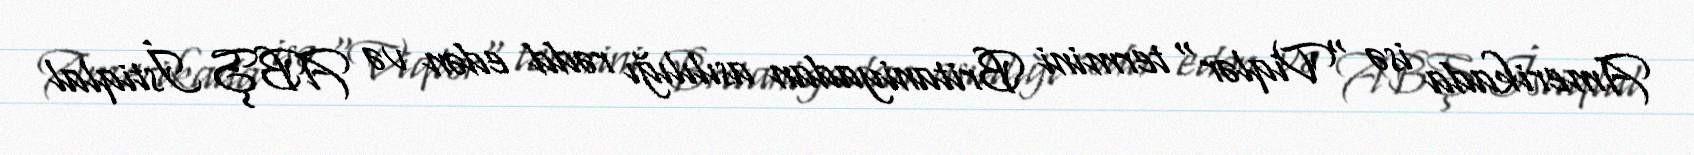
Amerikada isə "Viqlər" termini Britaniyadan asılılığı rədd edən və ABŞ İstiqlal